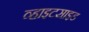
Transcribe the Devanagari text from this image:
व्हाइटसाइड